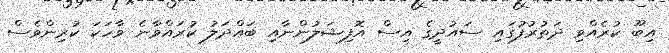
އިބޫ ކުރެއްވި ދަތުރުފުގައި ސައުދީގެ އިސް އޮފިޝަލުންނާއި ބައްދަލު ކުރައްވާނެ ވާހަކަ ކުރިންވެސް